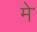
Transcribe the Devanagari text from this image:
मेॱ